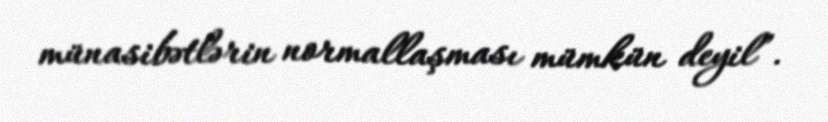
münasibətlərin normallaşması mümkün deyil”.